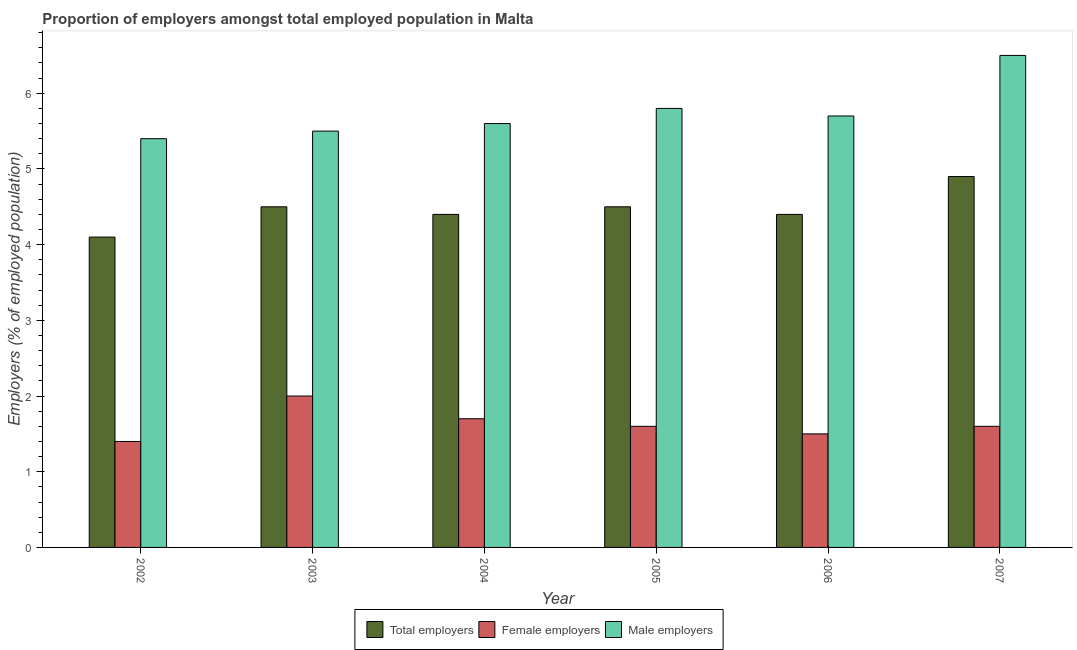
| Year | Total employers | Female employers | Male employers |
 | --- | --- | --- | --- |
 | 2002 | 4.1 | 1.4 | 5.4 |
 | 2003 | 4.5 | 2 | 5.5 |
 | 2004 | 4.4 | 1.7 | 5.6 |
 | 2005 | 4.5 | 1.6 | 5.8 |
 | 2006 | 4.4 | 1.5 | 5.7 |
 | 2007 | 4.9 | 1.6 | 6.5 |